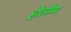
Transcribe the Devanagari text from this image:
हेलेम